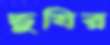
ভুষির